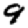
Digit: 9